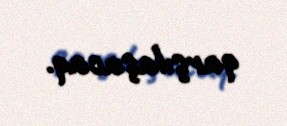
qarşılaşacaq.